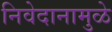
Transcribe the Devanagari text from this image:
निवेदानामुळे